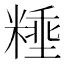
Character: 𰫈